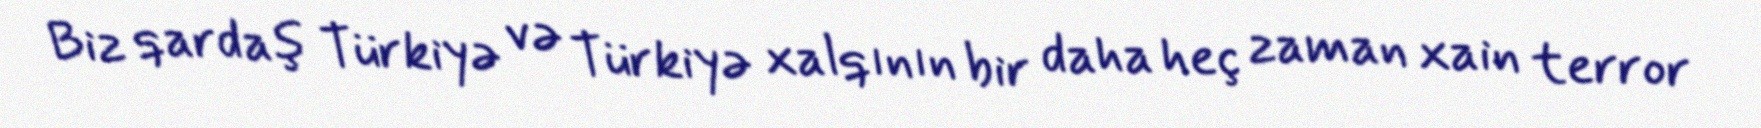
Biz qardaş Türkiyə və Türkiyə xalqının bir daha heç zaman xain terror